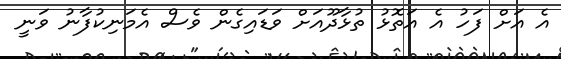
އެ އަށް ފަހު އެ އަތޮޅު ތުޅާދޫއަށް ވަޑައިގެން ވެސް އެމަނިކުފާނު ވަނީ